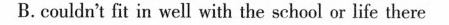
B.couldn't ft in well with the sehool or life there